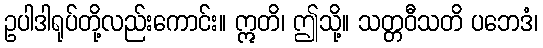
ဥပါဒါရုပ်တို့လည်းကောင်း။ ဣတိ၊ ဤသို့။ သတ္တဝီသတိ ပဘေဒံ၊